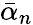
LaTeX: {\bar{\alpha}_{n}}